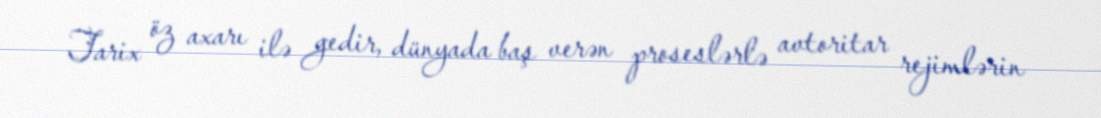
Tarix öz axarı ilə gedir, dünyada baş verən proseslərlə avtoritar rejimlərin